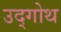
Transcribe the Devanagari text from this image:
उद्गोथ